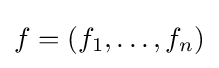
f=(f_{1},\ldots ,f_{n})